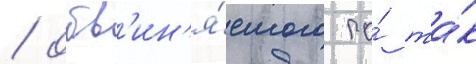
/ обв'ин'я́емого по́ та́к